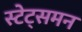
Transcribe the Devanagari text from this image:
स्टेट्समन